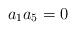
LaTeX: \begin{align*}a_1a_5=0\end{align*}